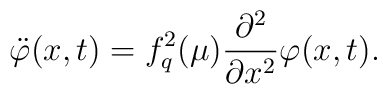
\ddot \varphi (x,t)=f_{q}^{2}(\mu )\frac {\partial ^{2}}{\partial  x^{2}}\varphi (x,t).